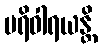
ပရိဝါရယန္တိ